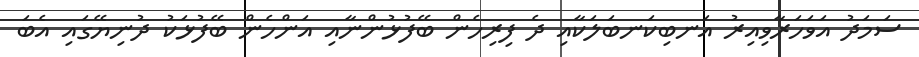
ސަމަދު އަވަހަރާވިއިރު އަނބިކަނބަލަކާއި ދެ ފިރިހެން ބޭފުޅުންނާއި އަންހެން ބޭފުޅަކު ދުނިޔޭގައި އެބަ